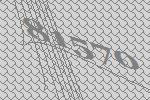
81570